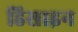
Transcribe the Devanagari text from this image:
डिसाइन